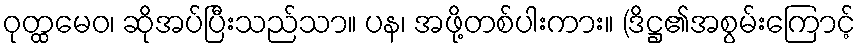
ဝုတ္ထမေဝ၊ ဆိုအပ်ပြီးသည်သာ။ ပန၊ အဖို့တစ်ပါးကား။ (ဒိဋ္ဌ၏အစွမ်းကြောင့်